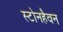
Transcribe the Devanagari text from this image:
स्टोनहैवन